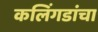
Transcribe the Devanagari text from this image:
कलिंगडांचा